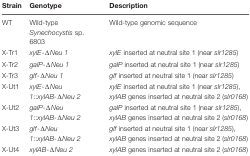
<table><thead><tr><td><b>Strain</b></td><td><b>Genotype</b></td><td><b>Description</b></td></tr></thead><tbody><tr><td>WT</td><td>Wild-type <i>Synechocystis</i> sp. 6803</td><td>Wild-type genomic sequence</td></tr><tr><td>X-Tr1</td><td><i>xylE</i>-Δ<i>Neu 1</i></td><td><i>xylE</i> inserted at neutral site 1 (near <i>slr1285</i>)</td></tr><tr><td>X-Tr2</td><td><i>galP</i>-Δ<i>Neu 1</i></td><td><i>galP</i> inserted at neutral site 1 (near <i>slr1285</i>)</td></tr><tr><td>X-Tr3</td><td><i>glf</i>-Δ<i>Neu 1</i></td><td><i>glf</i> inserted at neutral site 1 (near <i>slr1285</i>)</td></tr><tr><td>X-Ut1</td><td><i>xylE</i>-Δ<i>Neu 1</i>::<i>xylAB</i>-Δ<i>Neu 2</i></td><td><i>xylE</i> inserted at neutral site 1 (near <i>slr1285</i>), <i>xylAB</i> genes inserted at neutral site 2 (<i>slr0168</i>)</td></tr><tr><td>X-Ut2</td><td><i>galP</i>-Δ<i>Neu 1</i>::<i>xylAB</i>-Δ<i>Neu 2</i></td><td><i>galP</i> inserted at neutral site 1 (near <i>slr1285</i>), <i>xylAB</i> genes inserted at neutral site 2 (<i>slr0168</i>)</td></tr><tr><td>X-Ut3</td><td><i>glf</i>-Δ<i>Neu 1</i>::<i>xylAB</i>-Δ<i>Neu 2</i></td><td><i>glf</i> inserted at neutral site 1 (near <i>slr1285</i>), <i>xylAB</i> genes inserted at neutral site 2 (<i>slr0168</i>)</td></tr><tr><td>X-Ut4</td><td><i>xylAB</i>-Δ<i>Neu 2</i></td><td><i>xylAB</i> genes inserted at neutral site 2 (<i>slr0168</i>)</td></tr></tbody></table>